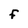
Character: F